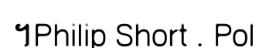
។Philip Short . Pol